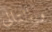
وبالتالى